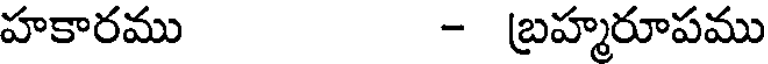
హకారము - బ్రహ్మరూపము